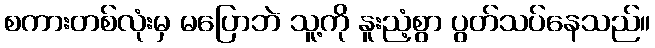
စကားတစ်လုံးမှ မပြောဘဲ သူ့ကို နူးညံ့စွာ ပွတ်သပ်နေသည်။